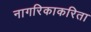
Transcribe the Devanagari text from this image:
नागरिकाकरिता